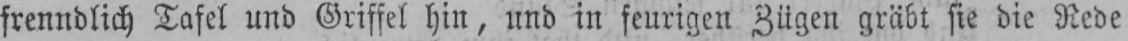
freundlich Tafel und Griffel hin, und in feurigen Zügen gräbt sie die Rede